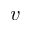
v